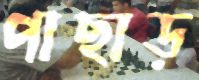
পাছাড়